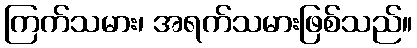
ကြက်သမား၊ အရက်သမားဖြစ်သည်။